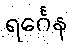
ရင်္ဂေန